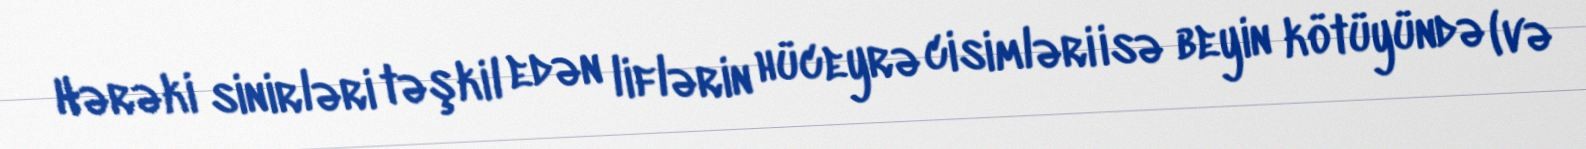
Hərəki sinirləri təşkil edən liflərin hüceyrə cisimləri isə beyin kötüyündə (və